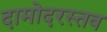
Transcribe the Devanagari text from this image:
दामोदरस्तव